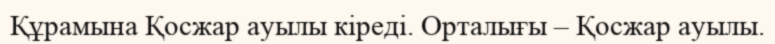
Құрамына Қосжар ауылы кіреді. Орталығы – Қосжар ауылы.